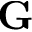
\mathbf { G }